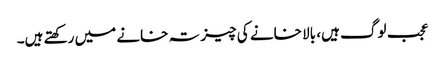
عجب لوگ ہیں، بالا خانے کی چیز تہ خانے میں رکھتے ہیں۔